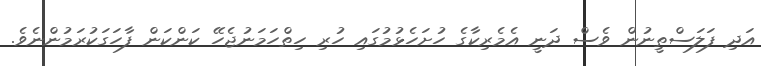
އަދި ފަލަސްތީނުން ވެސް ދަނީ އެމެރިކާގެ ހުށަހެޅުމުގައި ހުރި ހިތްހަމަނުޖެހޭ ކަންކަން ފާހަގަކުރަމުންނެވެ.